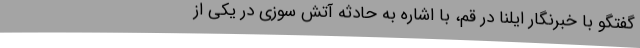
گفتگو با خبرنگار ایلنا در قم، با اشاره به حادثه آتش سوزی در یکی از